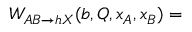
W _ { A B \rightarrow h X } ( b , Q , x _ { A } , x _ { B } ) =